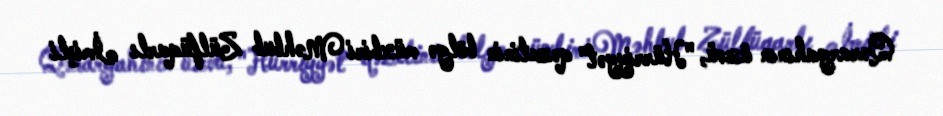
Qərargahının üzvü, "Hürriyyət" qəzetinin bölgə müxbiri Məhbub Zülfüqarlı İmişli